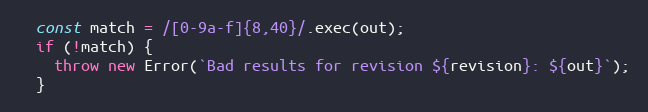
Language: JavaScript
  const match = /[0-9a-f]{8,40}/.exec(out);
  if (!match) {
    throw new Error(`Bad results for revision ${revision}: ${out}`);
  }